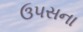
ઉ૫સના